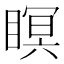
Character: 瞑